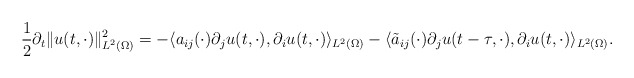
\begin{align*} \frac{1}{2} \partial_{t} \|u(t, \cdot)\|_{L^{2}(\Omega)}^{2} = - \langle a_{ij}(\cdot) \partial_{j} u(t, \cdot), \partial_{i} u(t, \cdot)\rangle_{L^{2}(\Omega)} - \langle \tilde{a}_{ij}(\cdot) \partial_{j} u(t - \tau, \cdot), \partial_{i} u(t, \cdot)\rangle_{L^{2}(\Omega)}. \end{align*}